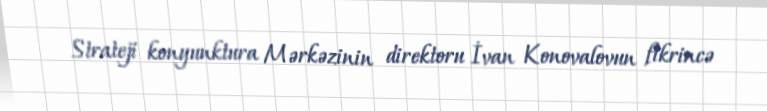
Strateji konyunktura Mərkəzinin direktoru İvan Konovalovun fikrincə